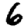
Digit: 6